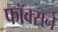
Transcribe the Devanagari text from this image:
फॉक्सने